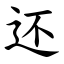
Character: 还